Trukikaitis_Postimees, lk 174
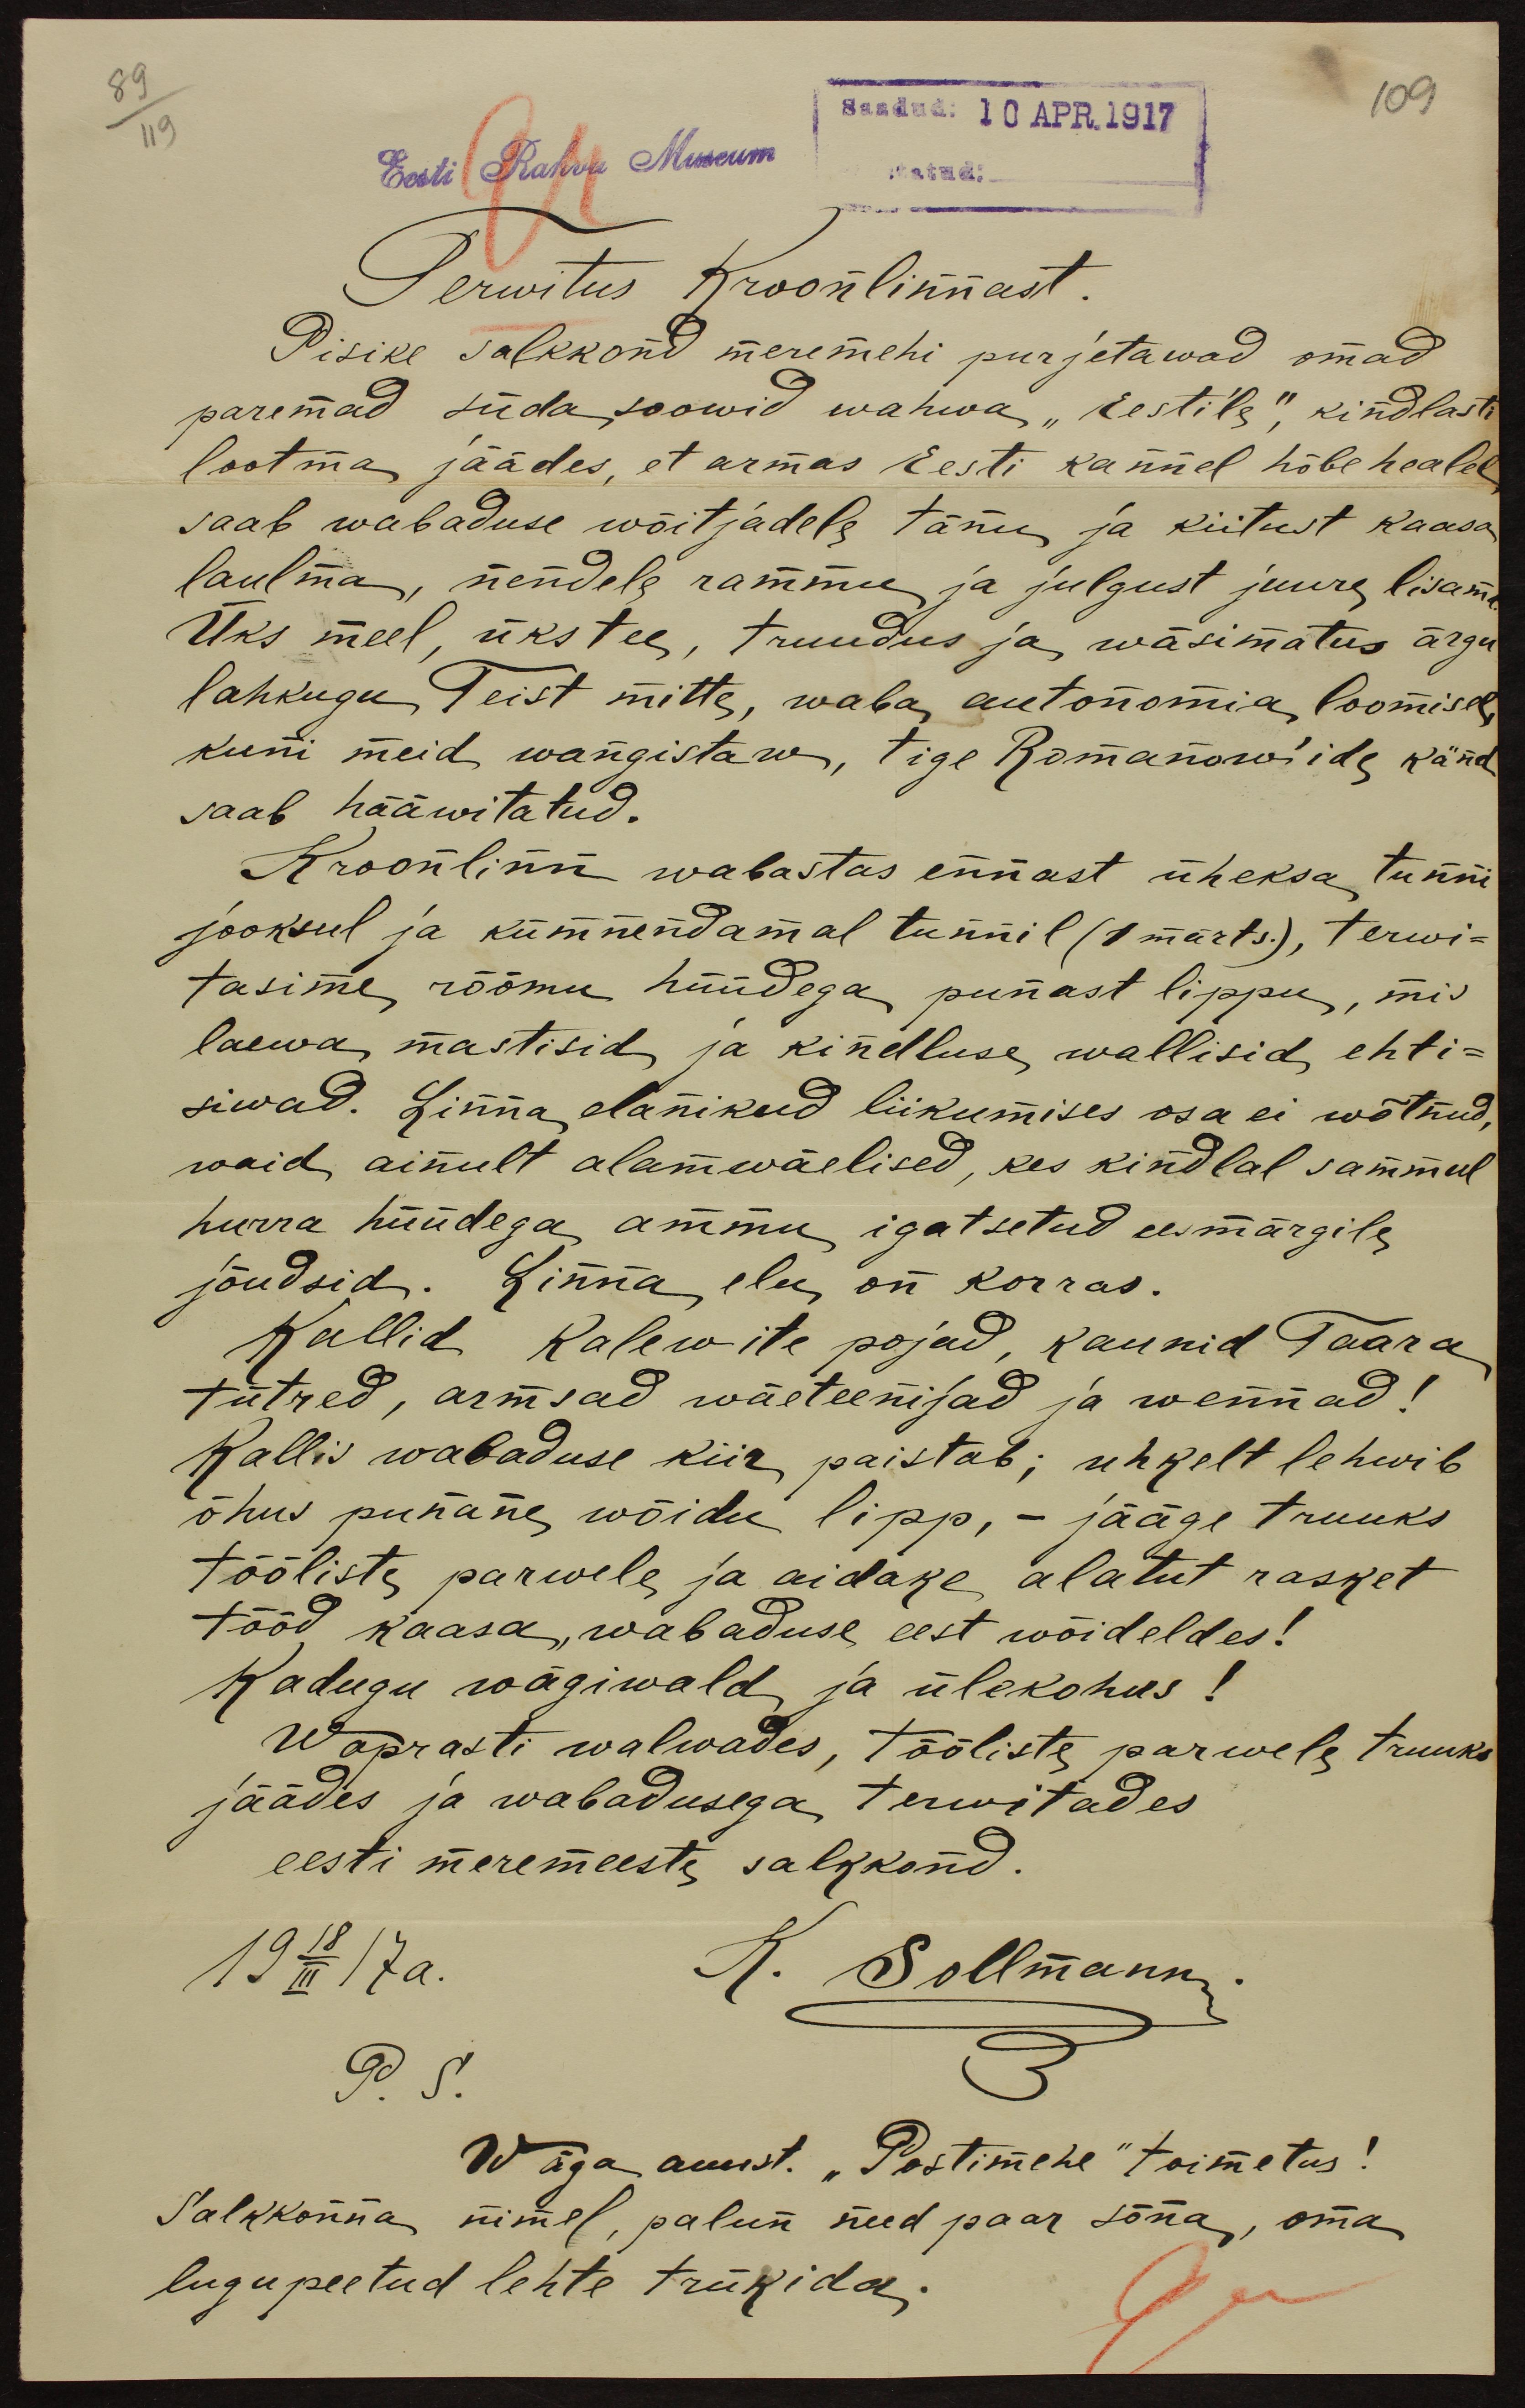
89
II 9
Saadud: 10. APR.1917
109
Eesti Rahva Museum
Terwitus Kroonlinnast.
Pisike salkkond meremehi purjetawad omad
parimad süda soowid wahwa "Eestile", kindlasti
lootma jäädes, et armas Eesti kannel hõbehealel
saab wabaduse wõitjadele tänu ja kiitust kaasa
laulma, nendele rammu ja julgust juure lisama.
Üks meel, üks tee, truudus ja wäsimatus ärgu
lahkugu Teist mitte, waba autonomia loomisel,
kuni meid wangistaw, tige Romanowiide känd
saab hääwitatud.
Kroonlinn wabastas ennast üheksa tunni
jooksul ja kümmendamal tunnil (1 märts), terwi-
tasime rõõmu hüüdega punast lippu, mis
laewa mästisid ja kindluse wallisid ehti-
siwad. Linna elanikud liikumises osa ei wõtnud,
waid ainult alamwäelised, kes kindlal sammul
hurra hüüdega ammu igatsetud eesmärgile
jõudsid. Linna elu on korras.
Kallid Kalewite pojad, kaunid Taara
tütred, armsad wäeteenijad ja wennad!
Kallis wabaduse kiir paistab; uhkelt lehwib
õhus punane wõidu lipp, - jäägi truuks
tööliste parwele ja aidake alatut rasket
tööd kaasa wabaduse eest wõideldes!
Kadugu wägiwald ja ülekohus!
Waprasti walwades, tööliste parwele truuks
jäädes ja wabadusega terwitades
eesti meremeeste salkkond.
19 18/III 17a.
K. Sollmann.
P.S.
Wäga auust. "Postimehe" toimetus!
Salkkonna nimel, palun need paar sõna, oma
lugupeetud lehte trükida.